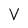
Character: V